Civil Veterinary Department. Madras. Admin. report 1926-33 - 1926-1933
Year: 1926
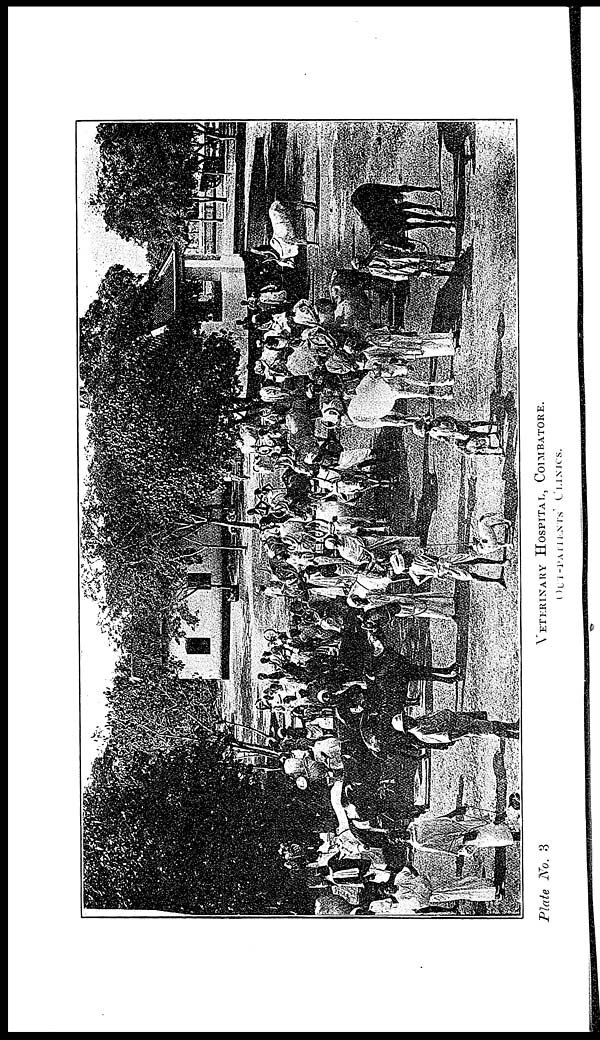
Plate No. 3
VETERINARY HOSPITAL, COIMBATORE.
OUT-PATIENTS
CLINICS.